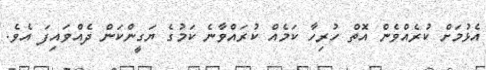
އެޅުމަށް ކުރެއްވެން އޮތް ހުރިހާ ކަމެއް ކުރައްވާނެ ކަމުގެ ޔަގީންކަން ދެއްވައިފަ އެވެ.